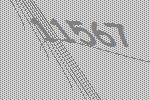
11567